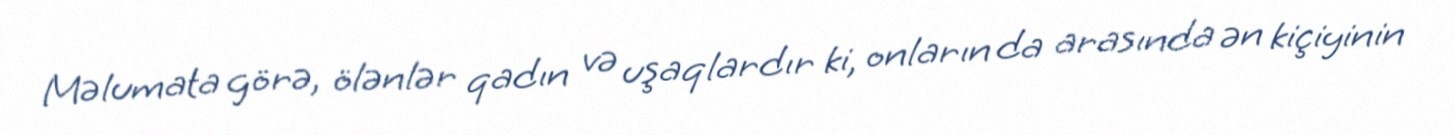
Məlumata görə, ölənlər qadın və uşaqlardır ki, onların da arasında ən kiçiyinin